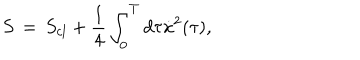
S \, = \, S _ { c l } + { \frac { 1 } { 4 } } \int _ { 0 } ^ { T } d \tau \dot { x } ^ { 2 } ( \tau ) ,